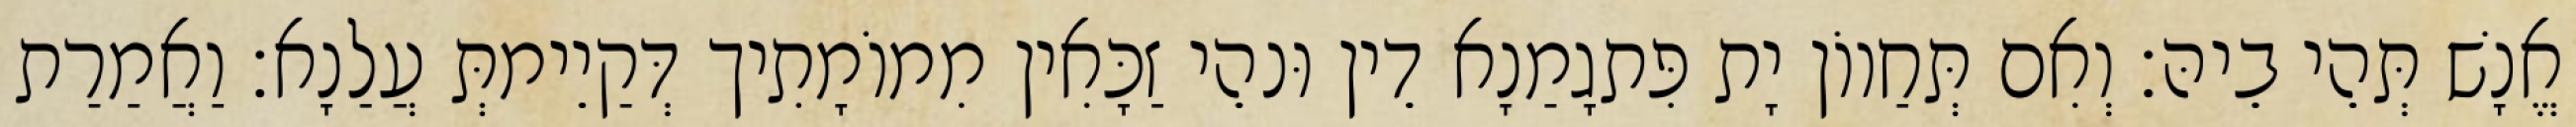
אֱנָשׁ תְּהֵי בֵיהּ׃ וְאִם תְּחַווֹן יָת פִּתגָמַנָא דֵין וּנהֵי זַכָּאִין מִמוֹמָתִיך דְּקַיֵימתְּ עֲלַנָא׃ וַאֲמַרַת